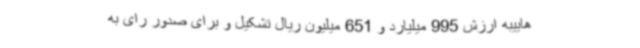
هاییبه ارزش 995 میلیارد و 651 میلیون ریال تشکیل و برای صدور رای به